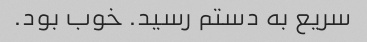
سریع به دستم رسید. خوب بود.